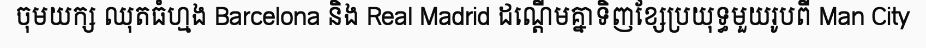
ចុមយក្ស ឈុតធំហ្មង Barcelona និង Real Madrid ដណ្តើមគ្នាទិញខ្សែប្រយុទ្ធមួយរូបពី Man City